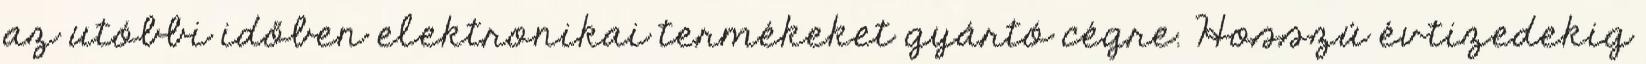
az utóbbi időben elektronikai termékeket gyártó cégre. Hosszú évtizedekig